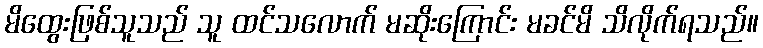
မိထွေးဖြစ်သူသည် သူ ထင်သလောက် မဆိုးကြောင်း မခင်မိ သိလိုက်ရသည်။